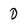
Character: D